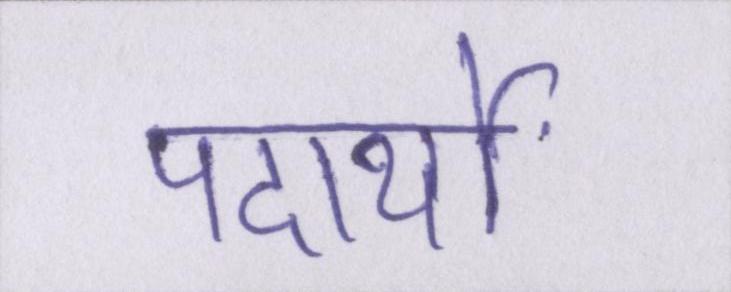
पदार्थों